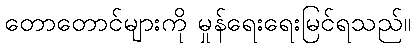
တောတောင်များကို မှုန်ရေးရေးမြင်ရသည်။